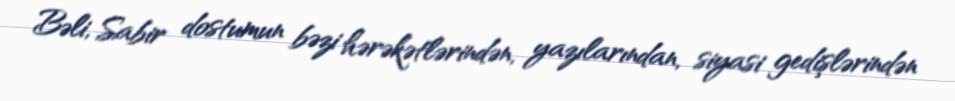
Bəli, Sabir dostumun bəzi hərəkətlərindən, yazılarından, siyasi gedişlərindən